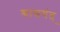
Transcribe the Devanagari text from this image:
श्वासयंत्